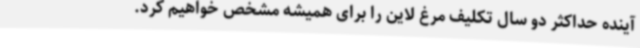
آینده حداکثر دو سال تکلیف مرغ لاین را برای همیشه مشخص خواهیم کرد.